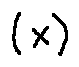
( x )